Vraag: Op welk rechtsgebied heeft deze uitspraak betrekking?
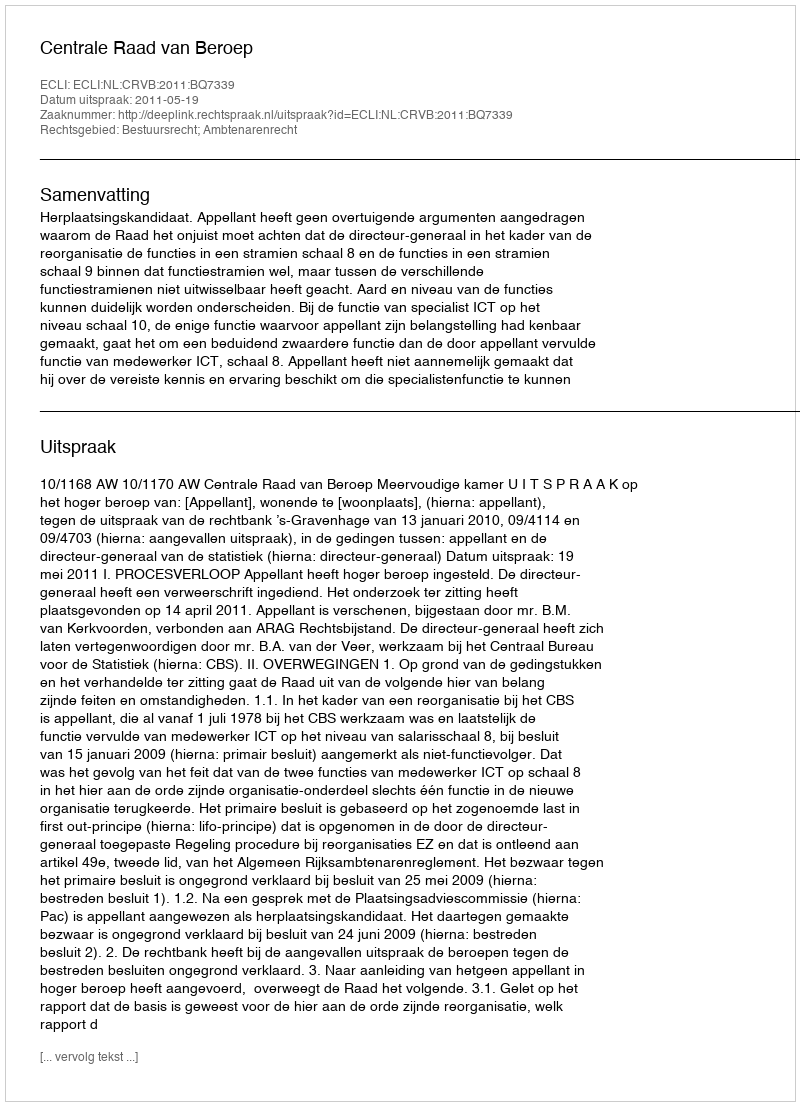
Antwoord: Bestuursrecht; Ambtenarenrecht